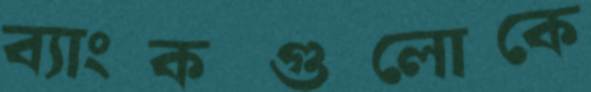
ব্যাংকগুলোকে